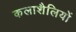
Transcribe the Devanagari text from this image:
कलाशैलियों